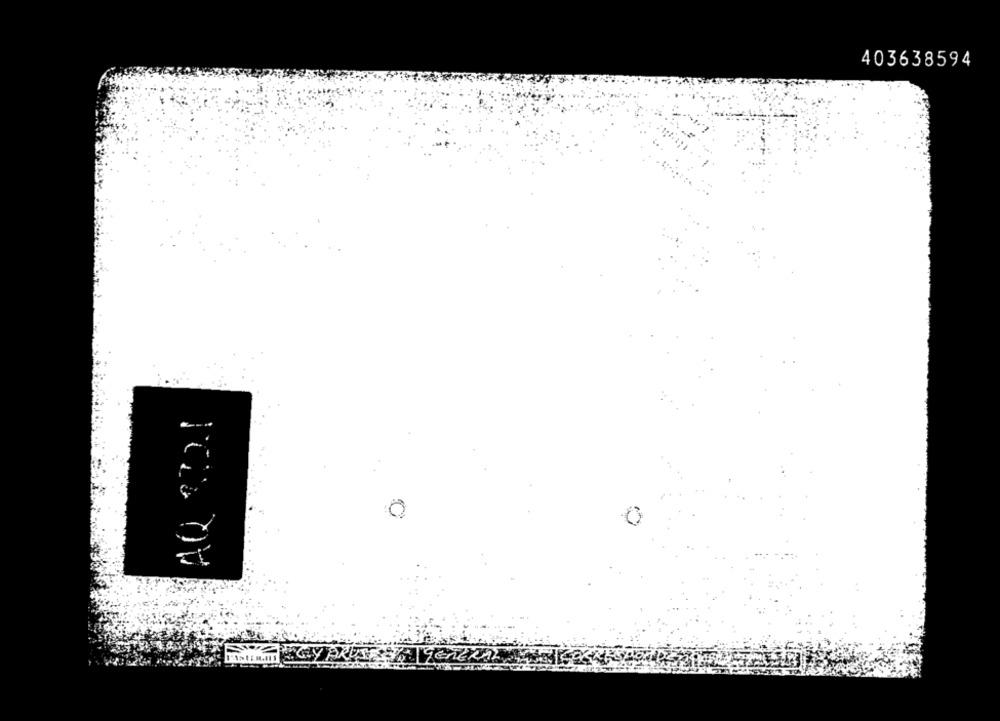
403638594